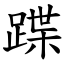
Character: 蹀